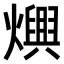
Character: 𤑍